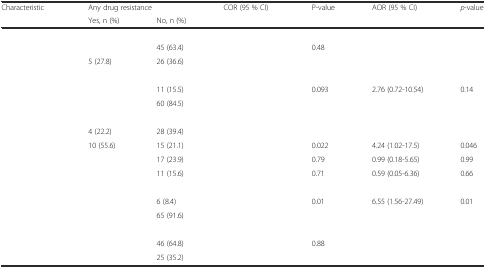
<table><thead><tr><td rowspan="2"><b>Characteristic</b></td><td colspan="2"><b>Any drug resistance</b></td><td rowspan="2"><b>COR (95 % CI)</b></td><td rowspan="2"><b>P-value</b></td><td rowspan="2"><b>AOR (95 % CI)</b></td><td rowspan="2"><b><i>p</i>-value</b></td></tr><tr><td><b>Yes, n (%)</b></td><td><b>No, n (%)</b></td></tr></thead><tbody><tr><td colspan="3">[EMPTY_CELL]</td><td>[EMPTY_CELL]</td><td>[EMPTY_CELL]</td><td>[EMPTY_CELL]</td><td>[EMPTY_CELL]</td></tr><tr><td>[EMPTY_CELL]</td><td>[EMPTY_CELL]</td><td>45 (63.4)</td><td>[EMPTY_CELL]</td><td>0.48</td><td>[EMPTY_CELL]</td><td>[EMPTY_CELL]</td></tr><tr><td>[EMPTY_CELL]</td><td>5 (27.8)</td><td>26 (36.6)</td><td>[EMPTY_CELL]</td><td>[EMPTY_CELL]</td><td>[EMPTY_CELL]</td><td>[EMPTY_CELL]</td></tr><tr><td colspan="7">[EMPTY_CELL]</td></tr><tr><td>[EMPTY_CELL]</td><td>[EMPTY_CELL]</td><td>11 (15.5)</td><td>[EMPTY_CELL]</td><td>0.093</td><td>2.76 (0.72-10.54)</td><td>0.14</td></tr><tr><td>[EMPTY_CELL]</td><td>[EMPTY_CELL]</td><td>60 (84.5)</td><td>[EMPTY_CELL]</td><td>[EMPTY_CELL]</td><td>[EMPTY_CELL]</td><td>[EMPTY_CELL]</td></tr><tr><td colspan="7">[EMPTY_CELL]</td></tr><tr><td>[EMPTY_CELL]</td><td>4 (22.2)</td><td>28 (39.4)</td><td>[EMPTY_CELL]</td><td>[EMPTY_CELL]</td><td>[EMPTY_CELL]</td><td>[EMPTY_CELL]</td></tr><tr><td>[EMPTY_CELL]</td><td>10 (55.6)</td><td>15 (21.1)</td><td>[EMPTY_CELL]</td><td>0.022</td><td>4.24 (1.02-17.5)</td><td>0.046</td></tr><tr><td>[EMPTY_CELL]</td><td>[EMPTY_CELL]</td><td>17 (23.9)</td><td>[EMPTY_CELL]</td><td>0.79</td><td>0.99 (0.18-5.65)</td><td>0.99</td></tr><tr><td>[EMPTY_CELL]</td><td>[EMPTY_CELL]</td><td>11 (15.6)</td><td>[EMPTY_CELL]</td><td>0.71</td><td>0.59 (0.05-6.36)</td><td>0.66</td></tr><tr><td colspan="7">[EMPTY_CELL]</td></tr><tr><td>[EMPTY_CELL]</td><td>[EMPTY_CELL]</td><td>6 (8.4)</td><td>[EMPTY_CELL]</td><td>0.01</td><td>6.55 (1.56-27.49)</td><td>0.01</td></tr><tr><td>[EMPTY_CELL]</td><td>[EMPTY_CELL]</td><td>65 (91.6)</td><td>[EMPTY_CELL]</td><td>[EMPTY_CELL]</td><td>[EMPTY_CELL]</td><td>[EMPTY_CELL]</td></tr><tr><td colspan="6">[EMPTY_CELL]</td><td>[EMPTY_CELL]</td></tr><tr><td>[EMPTY_CELL]</td><td>[EMPTY_CELL]</td><td>46 (64.8)</td><td>[EMPTY_CELL]</td><td>0.88</td><td>[EMPTY_CELL]</td><td>[EMPTY_CELL]</td></tr><tr><td>[EMPTY_CELL]</td><td>[EMPTY_CELL]</td><td>25 (35.2)</td><td>[EMPTY_CELL]</td><td>[EMPTY_CELL]</td><td>[EMPTY_CELL]</td><td>[EMPTY_CELL]</td></tr></tbody></table>